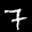
Label: 7